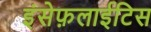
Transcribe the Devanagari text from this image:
इंसेफ़लाईटिस